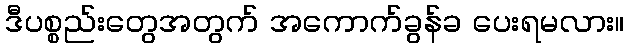
ဒီပစ္စည်းတွေအတွက် အကောက်ခွန်ခ ပေးရမလား။